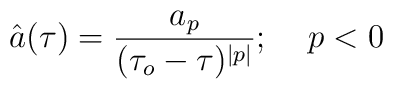
\hat{a}(\tau)=\frac{a_p}{(\tau_o-\tau)^{\mid p\mid}};\;\;\;\;p<0